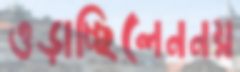
ওড়াচ্ছিলেননয়